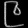
Digit: ၉